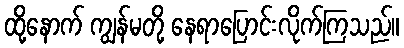
ထို့နောက် ကျွန်မတို့ နေရာပြောင်းလိုက်ကြသည်။